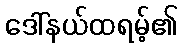
ဒေါ်နယ်ထရမ့်၏